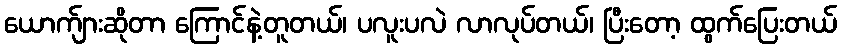
ယောက်ျားဆိုတာ ကြောင်နဲ့တူတယ်၊ ပလူးပလဲ လာလုပ်တယ်၊ ပြီးတော့ ထွက်ပြေးတယ်